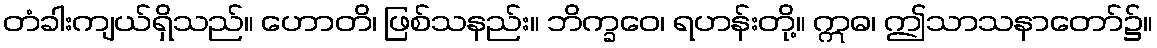
တံခါးကျယ်ရှိသည်။ ဟောတိ၊ ဖြစ်သနည်း။ ဘိက္ခဝေ၊ ရဟန်းတို့။ ဣဓ၊ ဤသာသနာတော်၌။